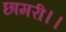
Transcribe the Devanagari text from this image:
छामरी।।